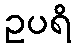
ဥပရိ